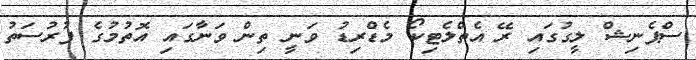
ސްޕެނިޝް ލީގުގައި ރޭ އެތްލެޓިކޯ މެޑްރިޑު ވަނީ ތިން ވަނާގައި އޮތުމުގެ ފުރުސަތު